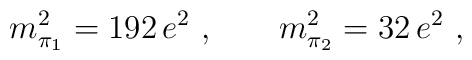
m_{\pi_1}^2 = 192 \, e^2~,\hskip 0.8cmm_{\pi_2}^2 = 32 \, e^2~,